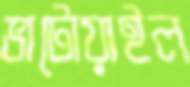
ভাটোয়াইল